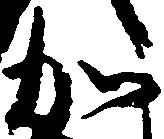
加